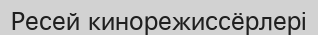
Ресей кинорежиссёрлері